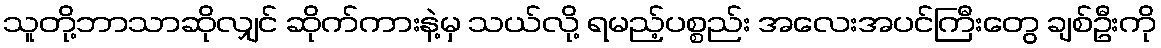
သူတို့ဘာသာဆိုလျှင် ဆိုက်ကားနဲ့မှ သယ်လို့ ရမည့်ပစ္စည်း အလေးအပင်ကြီးတွေ ချစ်ဦးကို